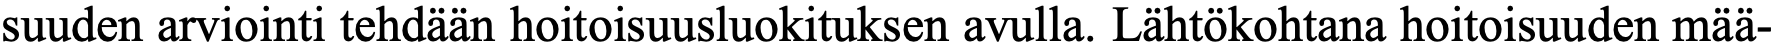
suuden arviointi tehdään hoitoisuusluokituksen avulla. Lähtökohtana hoitoisuuden mää-